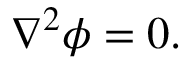
\begin{array} { r } { \nabla ^ { 2 } \phi = 0 . } \end{array}